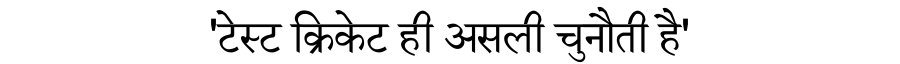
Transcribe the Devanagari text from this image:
'टेस्ट क्रिकेट ही असली चुनौती है'